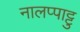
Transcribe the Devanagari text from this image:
नालप्पाट्टु